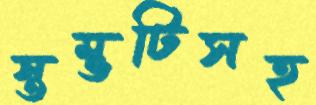
স্তম্ভটিসহ